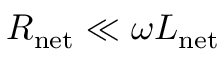
R _ { \mathrm { n e t } } \ll \omega L _ { \mathrm { n e t } }